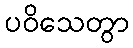
ပဝိသေတွာ